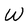
Character: W